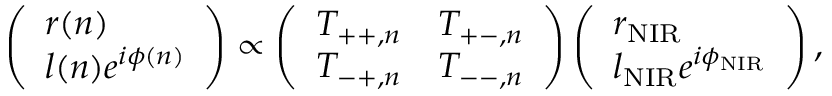
\left( \begin{array} { l } { r ( n ) } \\ { l ( n ) e ^ { i \phi ( n ) } } \end{array} \right) \propto \left( \begin{array} { l l } { T _ { + + , n } } & { T _ { + - , n } } \\ { T _ { - + , n } } & { T _ { -- , n } } \end{array} \right) \left( \begin{array} { l } { r _ { \mathrm { N I R } } } \\ { l _ { \mathrm { N I R } } e ^ { i \phi _ { \mathrm { N I R } } } } \end{array} \right) ,